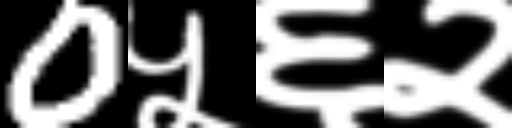
Text: 0५६२